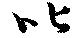
叱